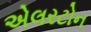
એલરટોન